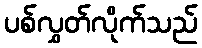
ပစ်လွှတ်လိုက်သည်